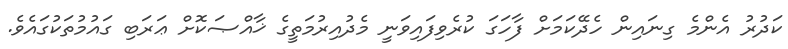
ކަދުރު އެންމެ ގިނައިން ހެދޭކަމަށް ފާހަގަ ކުރެވިފައިވަނީ މެދުއިރުމަތީގެ ޚާއްޞަކޮށް ޢަރަބި ގައުމުތަކުގައެވެ.